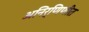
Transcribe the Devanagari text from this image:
अनिर्णिणीत